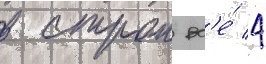
в строи вс'е́ 4